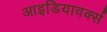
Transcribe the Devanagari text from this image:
आइडियावर्क्स